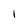
Character: 1